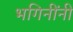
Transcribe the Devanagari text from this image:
भगिनींनी